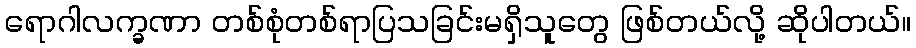
ရောဂါလက္ခဏာ တစ်စုံတစ်ရာပြသခြင်းမရှိသူတွေ ဖြစ်တယ်လို့ ဆိုပါတယ်။